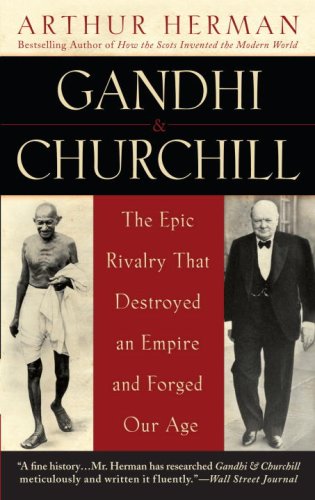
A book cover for Gandhi & Churchill: The Epic Rivalry that Destroyed an Empire and Forged Our Age; Arthur Herman; Religion & Spirituality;